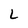
Character: L